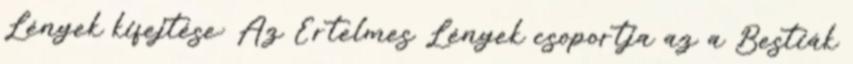
Lények kifejtése: Az Értelmes Lények csoportja az a Bestiák